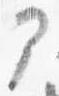
部